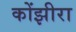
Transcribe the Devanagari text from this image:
कोंझीरा